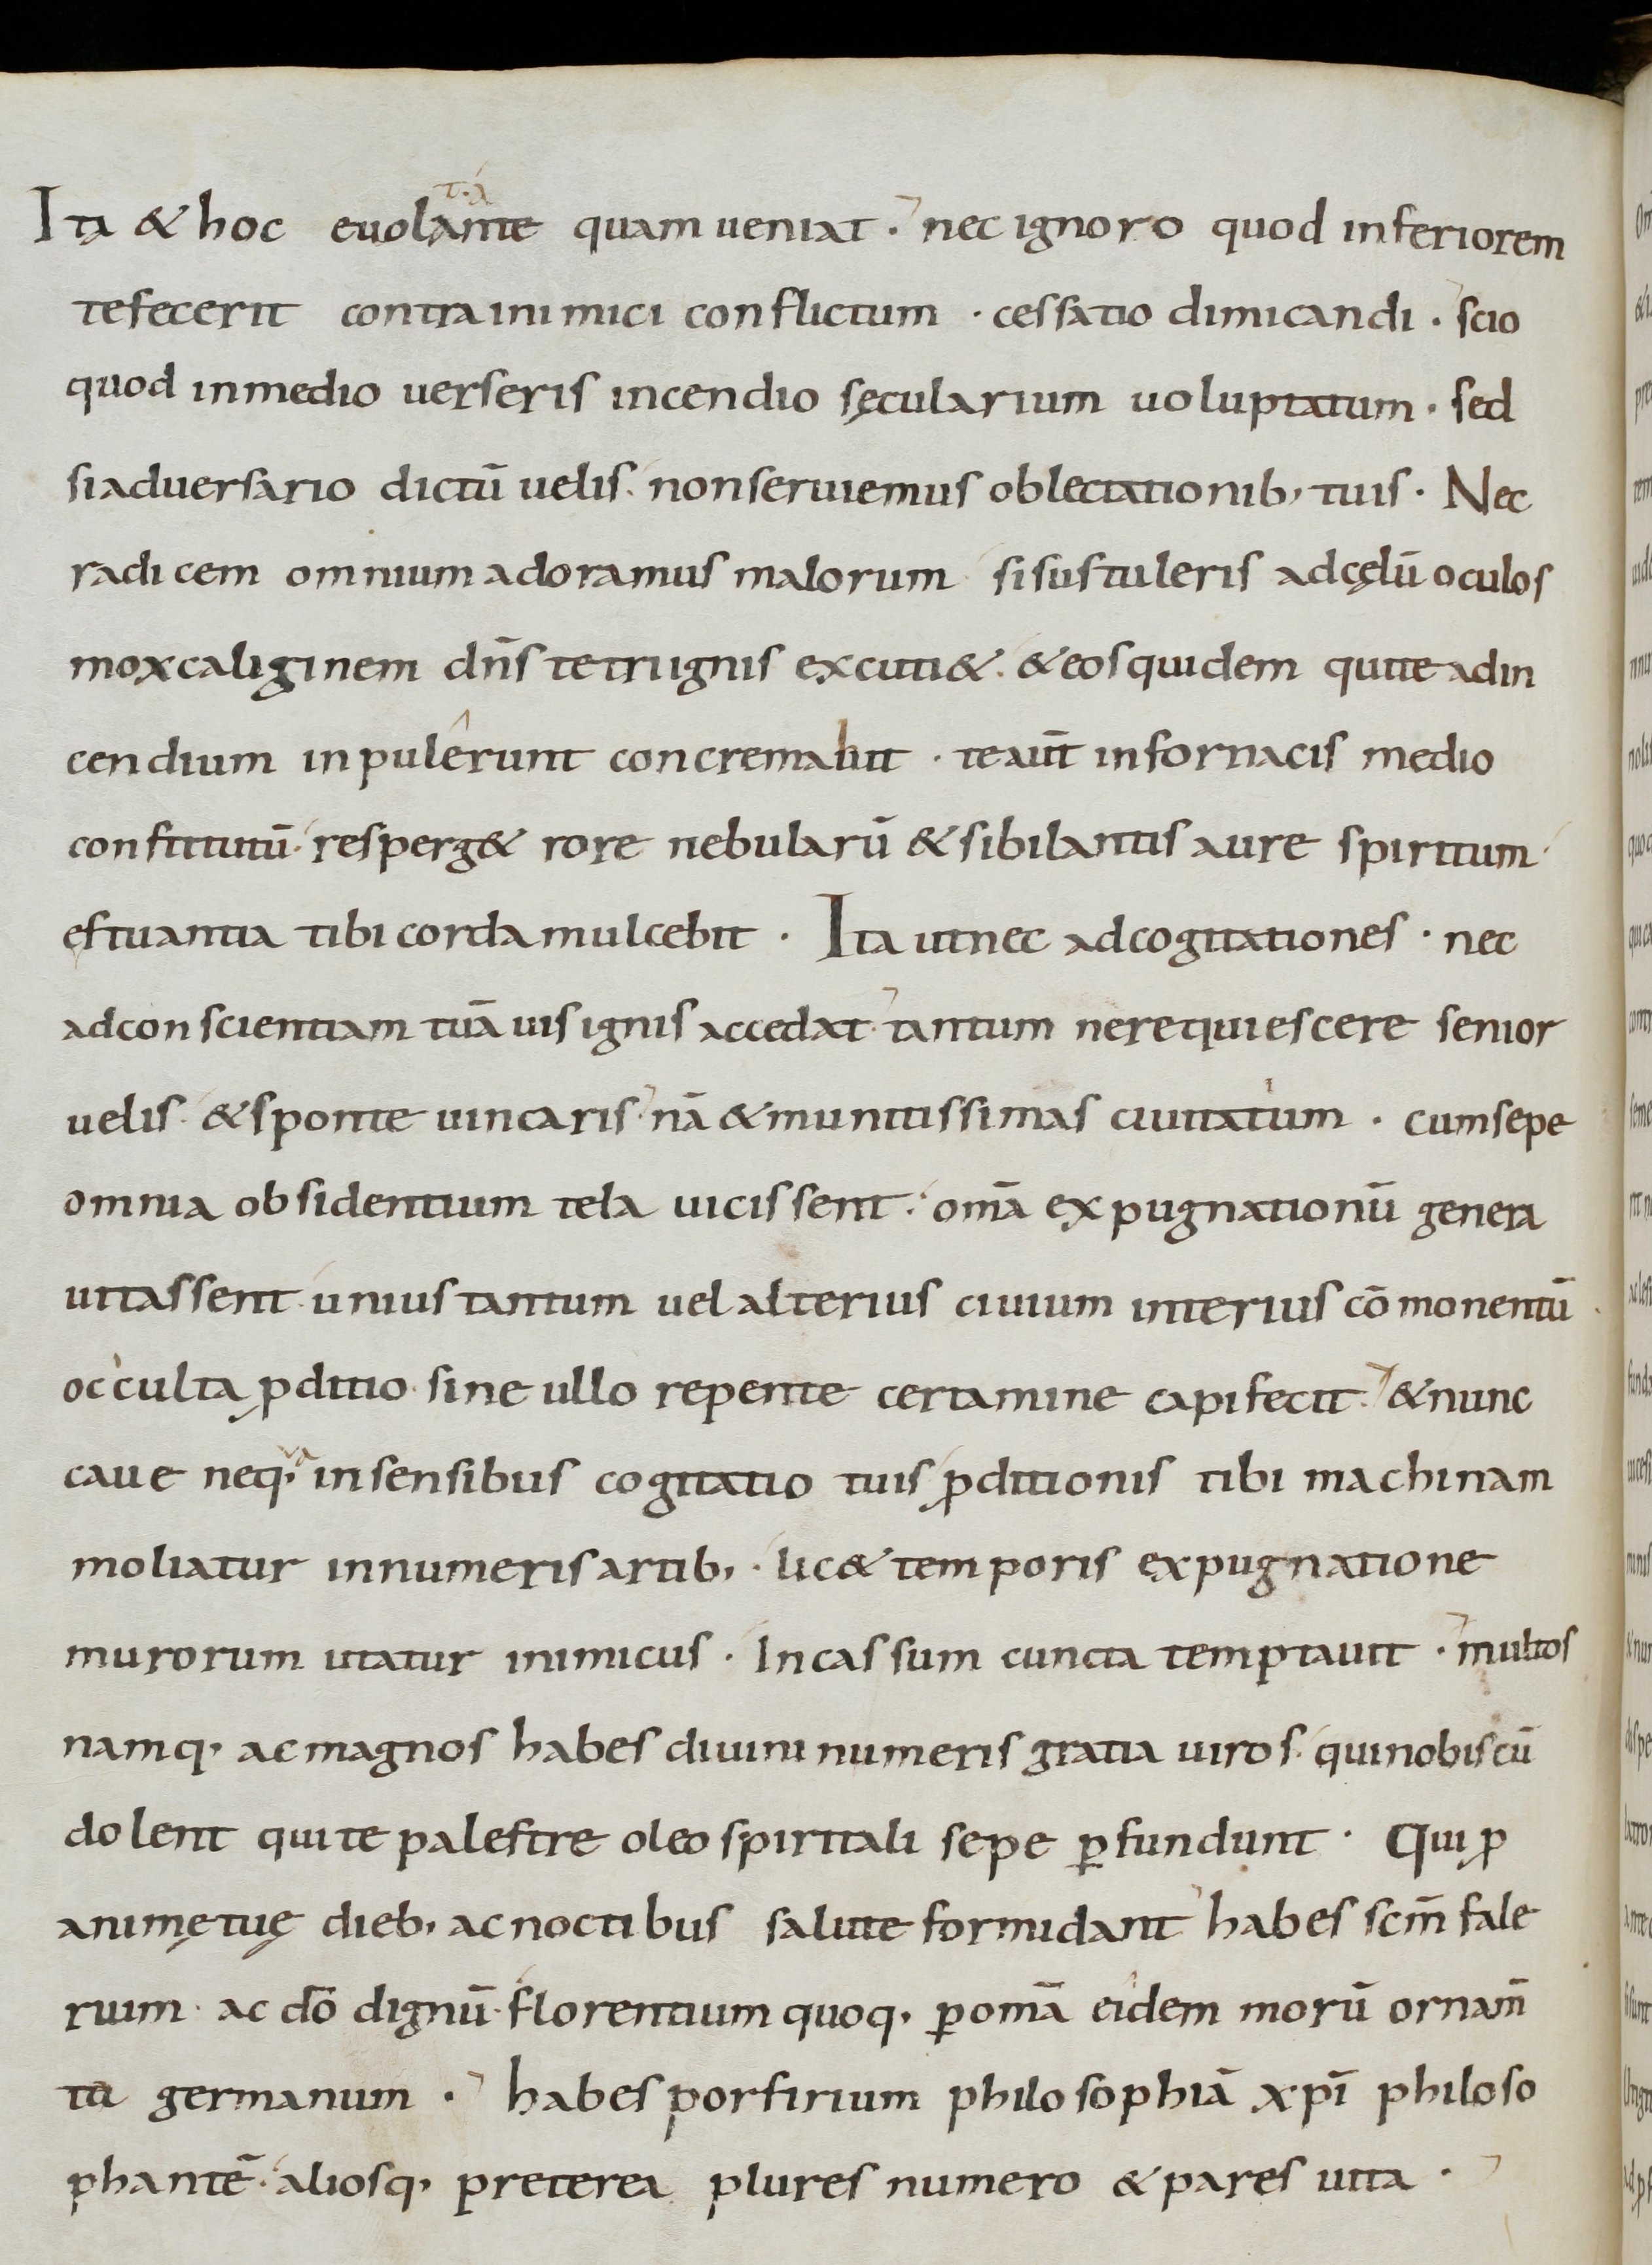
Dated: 800–899